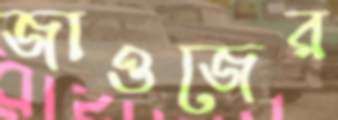
জাওজের